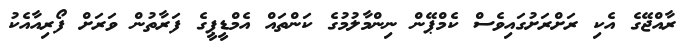
ރާއްޖޭގެ އެކި ރަށްރަށުގައިވެސް ކެމްޕޭން ނިންމާލުމުގެ ކަންތައް އެމްޑީޕީގެ ފަރާތުން ވަރަށް ފޯރިއާއެކު